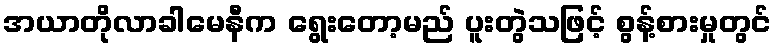
အယာတိုလာခါမေနီက ရွေးတော့မည် ပူးတွဲသဖြင့် စွန့်စားမှုတွင်